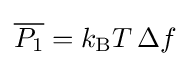
{\overline {P_{1}}}=k_{\rm {B}}T\,\Delta f